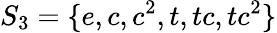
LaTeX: S_{3}=\{ e,c,c^{2},t,tc,tc^{2}\}